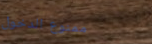
ممنوع الدخول